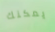
يمكنك